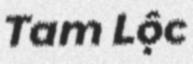
Tam Lộc